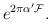
LaTeX: \begin{align*}e^{2\pi\alpha' \mathcal{F}}.\end{align*}